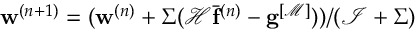
\mathbf { w } ^ { ( n + 1 ) } = ( \mathbf { w } ^ { ( n ) } + \Sigma ( \mathcal { H } \bar { \mathbf { f } } ^ { ( n ) } - \mathbf { g } ^ { [ \mathcal { M } ] } ) ) / ( \mathcal { I } + \Sigma )